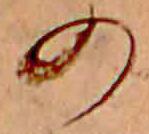
の